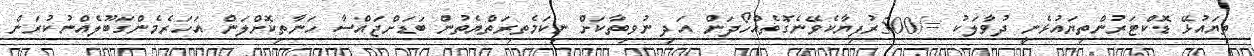
ތިޔައުޅޭ ޑޮކްޓަރުންތިޔައުޅެނީ ދުވާލަކު =/500ރުފިޔާކެވޭނެގޮތެއްހޯދަން އަދި ނުވިތާކަށް ނިކަމެތިރަތްޔެތުން ބަޑަށްޖައްސާ ހަނާތިކޮށްލަން އަހަރެމެންގަބޫލެއްނުކުރަން